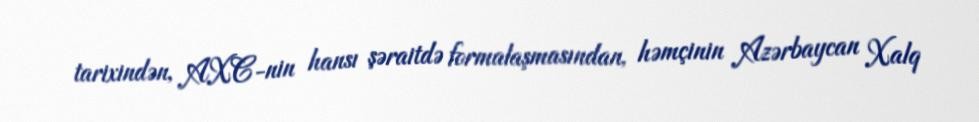
tarixindən, AXC-nin hansı şəraitdə formalaşmasından, həmçinin Azərbaycan Xalq